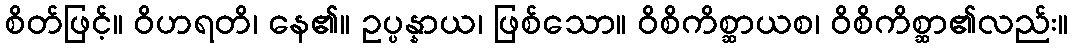
စိတ်ဖြင့်။ ဝိဟရတိ၊ နေ၏။ ဥပ္ပန္နာယ၊ ဖြစ်သော။ ဝိစိကိစ္ဆာယစ၊ ဝိစိကိစ္ဆာ၏လည်း။